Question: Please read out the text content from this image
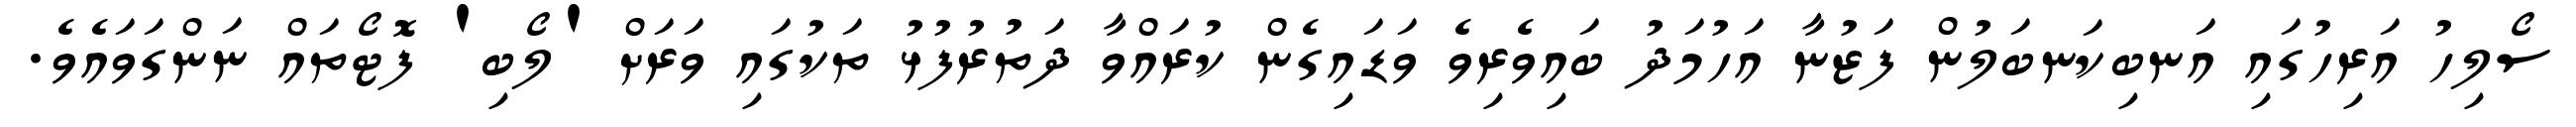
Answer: ސޯލިހު އަރިހުގައި އަނބިކަނބަލުން ފަޒުނާ އަހުމަދު ބައިވެރިވެ ވަޑައިގެން ކުރައްވާ ދަތުރުފުޅު ތަކުގައި ވަރަށް 'ލޯބި' ފޮޓޯތައް ނަންގަވައެވެ.